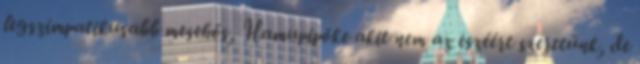
legszimpatikusabb mesehős, Hamupipőke akit nem az eszéért szeretünk, de